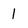
Character: 1